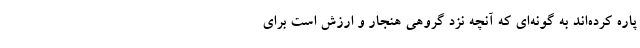
پاره کرده‌اند به گونه‌ای که آنچه نزد گروهی هنجار و ارزش است برای